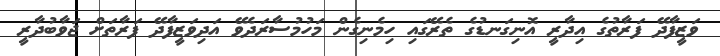
ވަޒީފާދޭ ފަރާތުގެ އިދާރީ އޮނިގަނޑުގެ ތެރޭގައި ހިމެނިގެން މަހުމުސާރަދެވޭ އަދިވަޒީފާދޭ ފަރާތަށް ޖަވާބުދާރީ